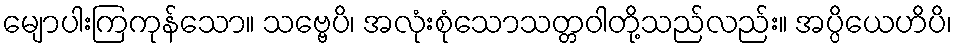
မျောပါးကြကုန်သော။ သဗ္ဗေပိ၊ အလုံးစုံသောသတ္တဝါတို့သည်လည်း။ အပ္ပိယေဟိပိ၊